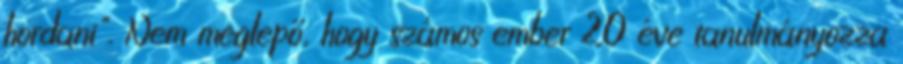
hordani". Nem meglepő, hogy számos ember 20 éve tanulmányozza